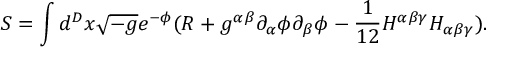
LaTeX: S = \int d ^ { D } x \sqrt { - g } e ^ { - \phi } ( R + g ^ { \alpha \beta } \partial _ { \alpha } \phi \partial _ { \beta } \phi - \frac 1 { 1 2 } H ^ { \alpha \beta \gamma } H _ { \alpha \beta \gamma } ) .